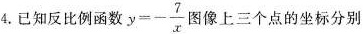
4.已知反比例函数 $$y = - \frac { 7 } { x }$$ 图像上三个点的坐标分别